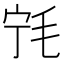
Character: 𰚔